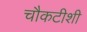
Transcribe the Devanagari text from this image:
चौकटीशी